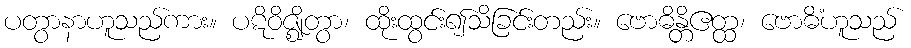
ပတွာနာဟူသည်ကား။ ပဋိဝိဇ္ဈိတွာ၊ ထိုးထွင်း၍သိခြင်းတည်း။ ဗောဓိန္တိဧတ္ထ၊ ဗောဓိံဟူသည်